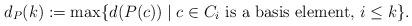
LaTeX: \begin{align*} d_P(k) := \max\{d(P(c)) \mid \text{$c\in C_i$ is a basis element, $i\le k$}\}. \end{align*}